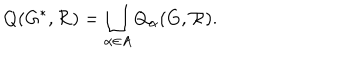
Q ( G ^ { * } , { \cal R } ) = \bigsqcup _ { \alpha \in A } Q _ { \alpha } ( G , { \cal R } ) .